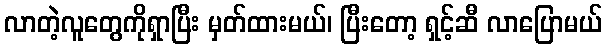
လာတဲ့လူတွေကိုရှာပြီး မှတ်ထားမယ်၊ ပြီးတော့ ရှင့်ဆီ လာပြောမယ်